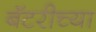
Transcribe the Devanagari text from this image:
बॅटरीच्या